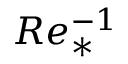
R e _ { * } ^ { - 1 }